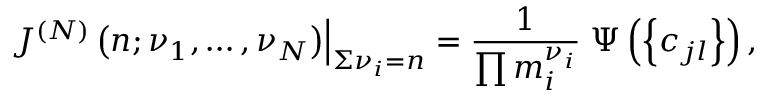
\left. \; J ^ { ( N ) } \left( n ; \nu _ { 1 } , \ldots , \nu _ { N } \right) \right| _ { \Sigma \nu _ { i } = n } = \frac { 1 } { \prod m _ { i } ^ { \nu _ { i } } } \; \Psi \left( \left\{ c _ { j l } \right\} \right) ,